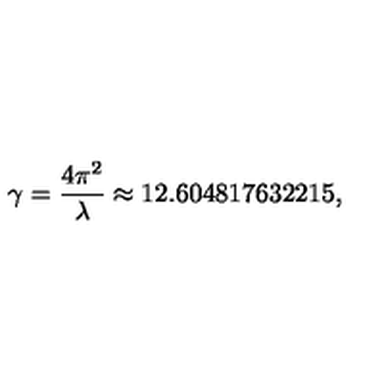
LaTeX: \gamma = { \frac { 4 \pi ^ { 2 } } { \lambda } } \approx 1 2 . 6 0 4 8 1 7 6 3 2 2 1 5 ,